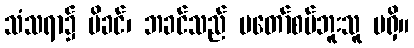
သံသရာ၌ မိခင်၊ ဘခင်သည် မတော်စပ်ဘူးသူ မရှိ။